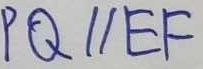
P Q / / E F